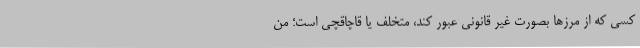
کسی که از مرزها بصورت غیر قانونی عبور کند، متخلف یا قاچاقچی است؛ من